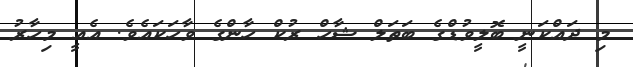
މި ދައްކަނީ ބޮލީވުޑްގެ ބަތަލް ޝާހް ރުކް ހާންގެ ވާހަކައެވެ. އެއީ މިހާރު